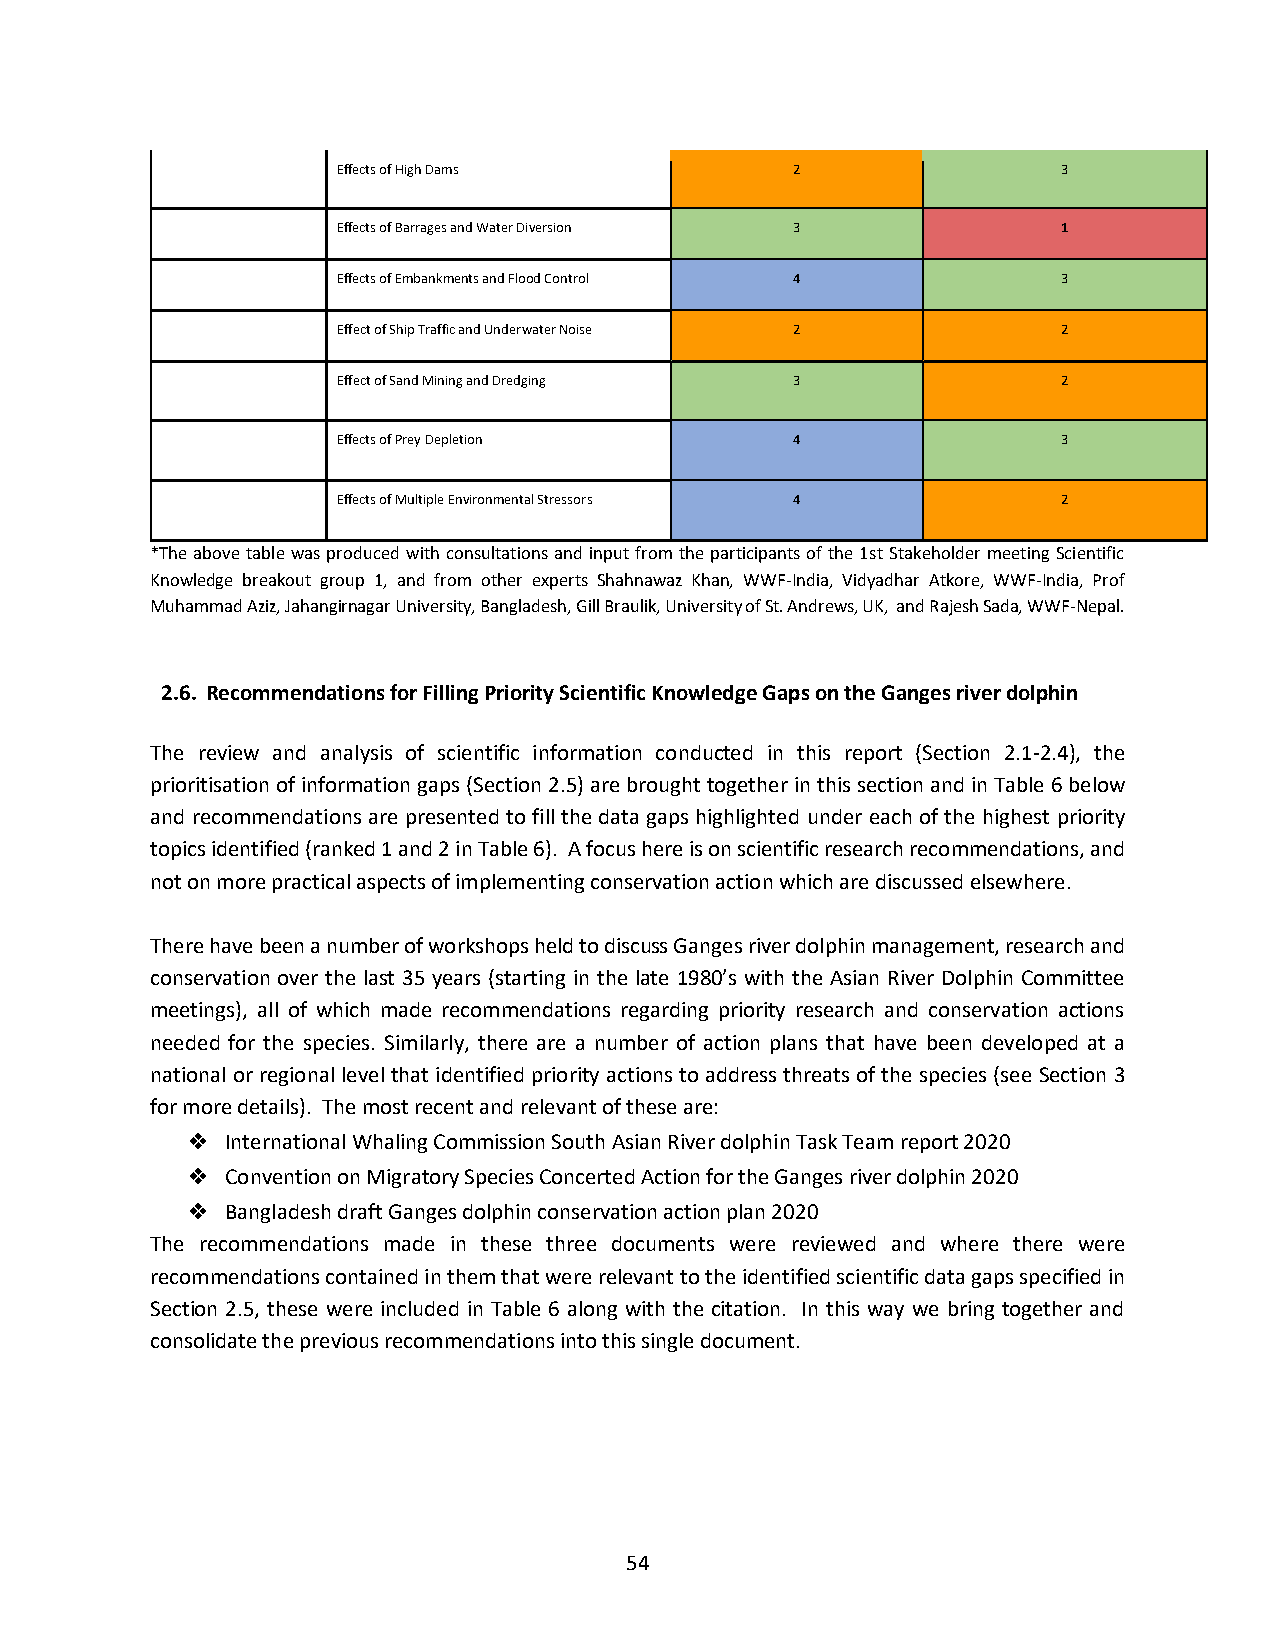
Effects of High Dams           2                3
 Effects of Barrages and Water Diversion 3       1
 Effects of Embankments and Flood Control 4      3
 Effect of Ship Traffic and Underwater Noise 2   2
 Effect of Sand Mining and Dredging 3            2
 Effects of Prey Depletion      4                3
 Effects of Multiple Environmental Stressors 4   2
 *The above table was produced with consultations and input from the participants of the 1st Stakeholder meeting Scientific
 Knowledge breakout group 1, and from other experts Shahnawaz Khan, WWF-India, Vidyadhar Atkore, WWF-India, Prof
 Muhammad Aziz, Jahangirnagar University, Bangladesh, Gill Braulik, University of St. Andrews, UK, and Rajesh Sada, WWF-Nepal.
 2.6. Recommendations for Filling Priority Scientific Knowledge Gaps on the Ganges river dolphin
 The review and analysis of scientific information conducted in this report (Section 2.1-2.4), the
 prioritisation of information gaps (Section 2.5) are brought together in this section and in Table 6 below
 and recommendations are presented to fill the data gaps highlighted under each of the highest priority
 topics identified (ranked 1 and 2 in Table 6). A focus here is on scientific research recommendations, and
 not on more practical aspects of implementing conservation action which are discussed elsewhere.
 There have been a number of workshops held to discuss Ganges river dolphin management, research and
 conservation over the last 35 years (starting in the late 1980’s with the Asian River Dolphin Committee
 meetings), all of which made recommendations regarding priority research and conservation actions
 needed for the species. Similarly, there are a number of action plans that have been developed at a
 national or regional level that identified priority actions to address threats of the species (see Section 3
 for more details). The most recent and relevant of these are:
 ❖  International Whaling Commission South Asian River dolphin Task Team report 2020
 ❖  Convention on Migratory Species Concerted Action for the Ganges river dolphin 2020
 ❖  Bangladesh draft Ganges dolphin conservation action plan 2020
 The recommendations made in these three documents were reviewed and where there were
 recommendations contained in them that were relevant to the identified scientific data gaps specified in
 Section 2.5, these were included in Table 6 along with the citation. In this way we bring together and
 consolidate the previous recommendations into this single document.
 54